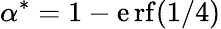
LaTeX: \alpha^{*}=1-\operatorname{\mathrm{e}rf}(1/4)